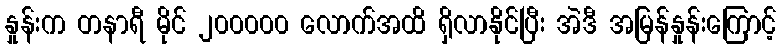
နှုန်းက တနာရီ မိုင် ၂၀၀၀၀၀ လောက်အထိ ရှိလာနိုင်ပြီး အဲဒီ အမြန်နှုန်းကြောင့်